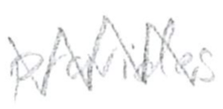
Text: provides
Cross-out: mix
Writing tool: pencil